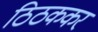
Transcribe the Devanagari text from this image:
ठिठककर